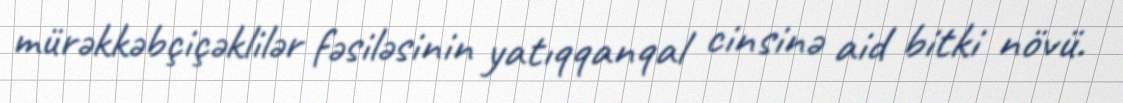
mürəkkəbçiçəklilər fəsiləsinin yatıqqanqal cinsinə aid bitki növü.